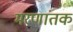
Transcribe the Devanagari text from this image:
मरणांतक